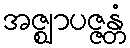
အဇ္ဈာပဇ္ဇန္တံ